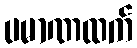
ပမာဏထက်